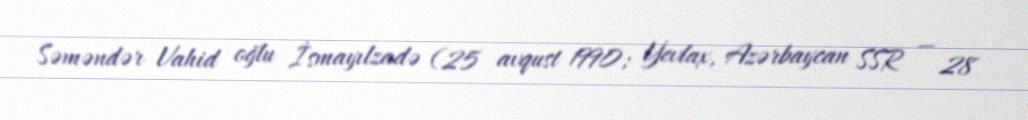
Səməndər Vahid oğlu İsmayılzadə (25 avqust 1990; Yevlax, Azərbaycan SSR — 28